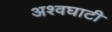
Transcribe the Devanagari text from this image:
अश्वघाटी